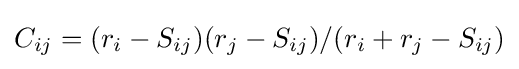
C_{ij}=(r_{i}-S_{ij})(r_{j}-S_{ij})/(r_{i}+r_{j}-S_{ij})